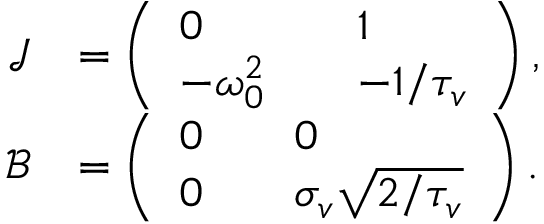
\begin{array} { r l } { \mathcal { J } } & { = \left( \begin{array} { l l l } { 0 } & & { 1 } \\ { - \omega _ { 0 } ^ { 2 } } & & { - 1 / { \tau _ { v } } } \end{array} \right) , } \\ { \mathcal { B } } & { = \left( \begin{array} { l l l } { 0 } & & { 0 } \\ { 0 } & & { \sigma _ { v } \sqrt { 2 / \tau _ { v } } } \end{array} \right) . } \end{array}